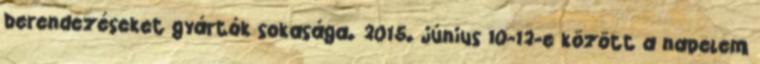
berendezéseket gyártók sokasága. 2015. június 10-12-e között a napelem